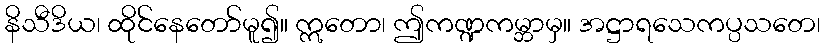
နိသီဒိယ၊ ထိုင်နေတော်မူ၍။ ဣတော၊ ဤကဏ္ဍကမ္ဘာမှ။ အဋ္ဌာရသေကပ္ပသတေ၊